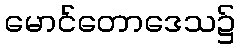
မောင်တောဒေသ၌